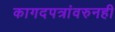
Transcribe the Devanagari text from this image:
कागदपत्रांवरुनही